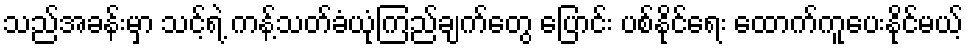
သည်အခန်းမှာ သင့်ရဲ့ ကန့်သတ်ခံယုံကြည်ချက်တွေ ပြောင်း ပစ်နိုင်ရေး ထောက်ကူပေးနိုင်မယ့်